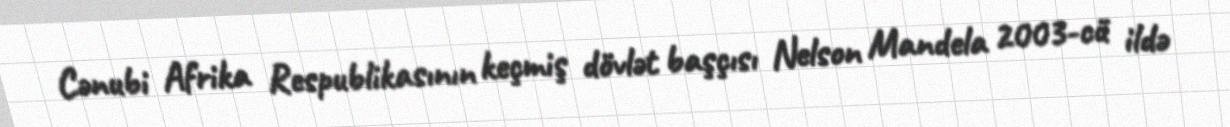
Cənubi Afrika Respublikasının keçmiş dövlət başçısı Nelson Mandela 2003-cü ildə